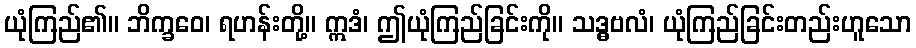
ယုံကြည်၏။ ဘိက္ခဝေ၊ ရဟန်းတို့။ ဣဒံ၊ ဤယုံကြည်ခြင်းကို။ သဒ္ဓဗလံ၊ ယုံကြည်ခြင်းတည်းဟူသော